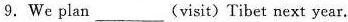
9.We plan___(visit)Tibet next year.